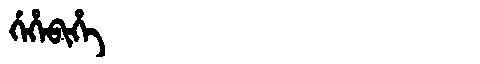
Manchu: ᡤᡝᡥᡝᠪᡳᡥᡝ
Romanization: GEHEBIHE